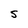
Character: S